Trukikaitis_Postimees, lk 42
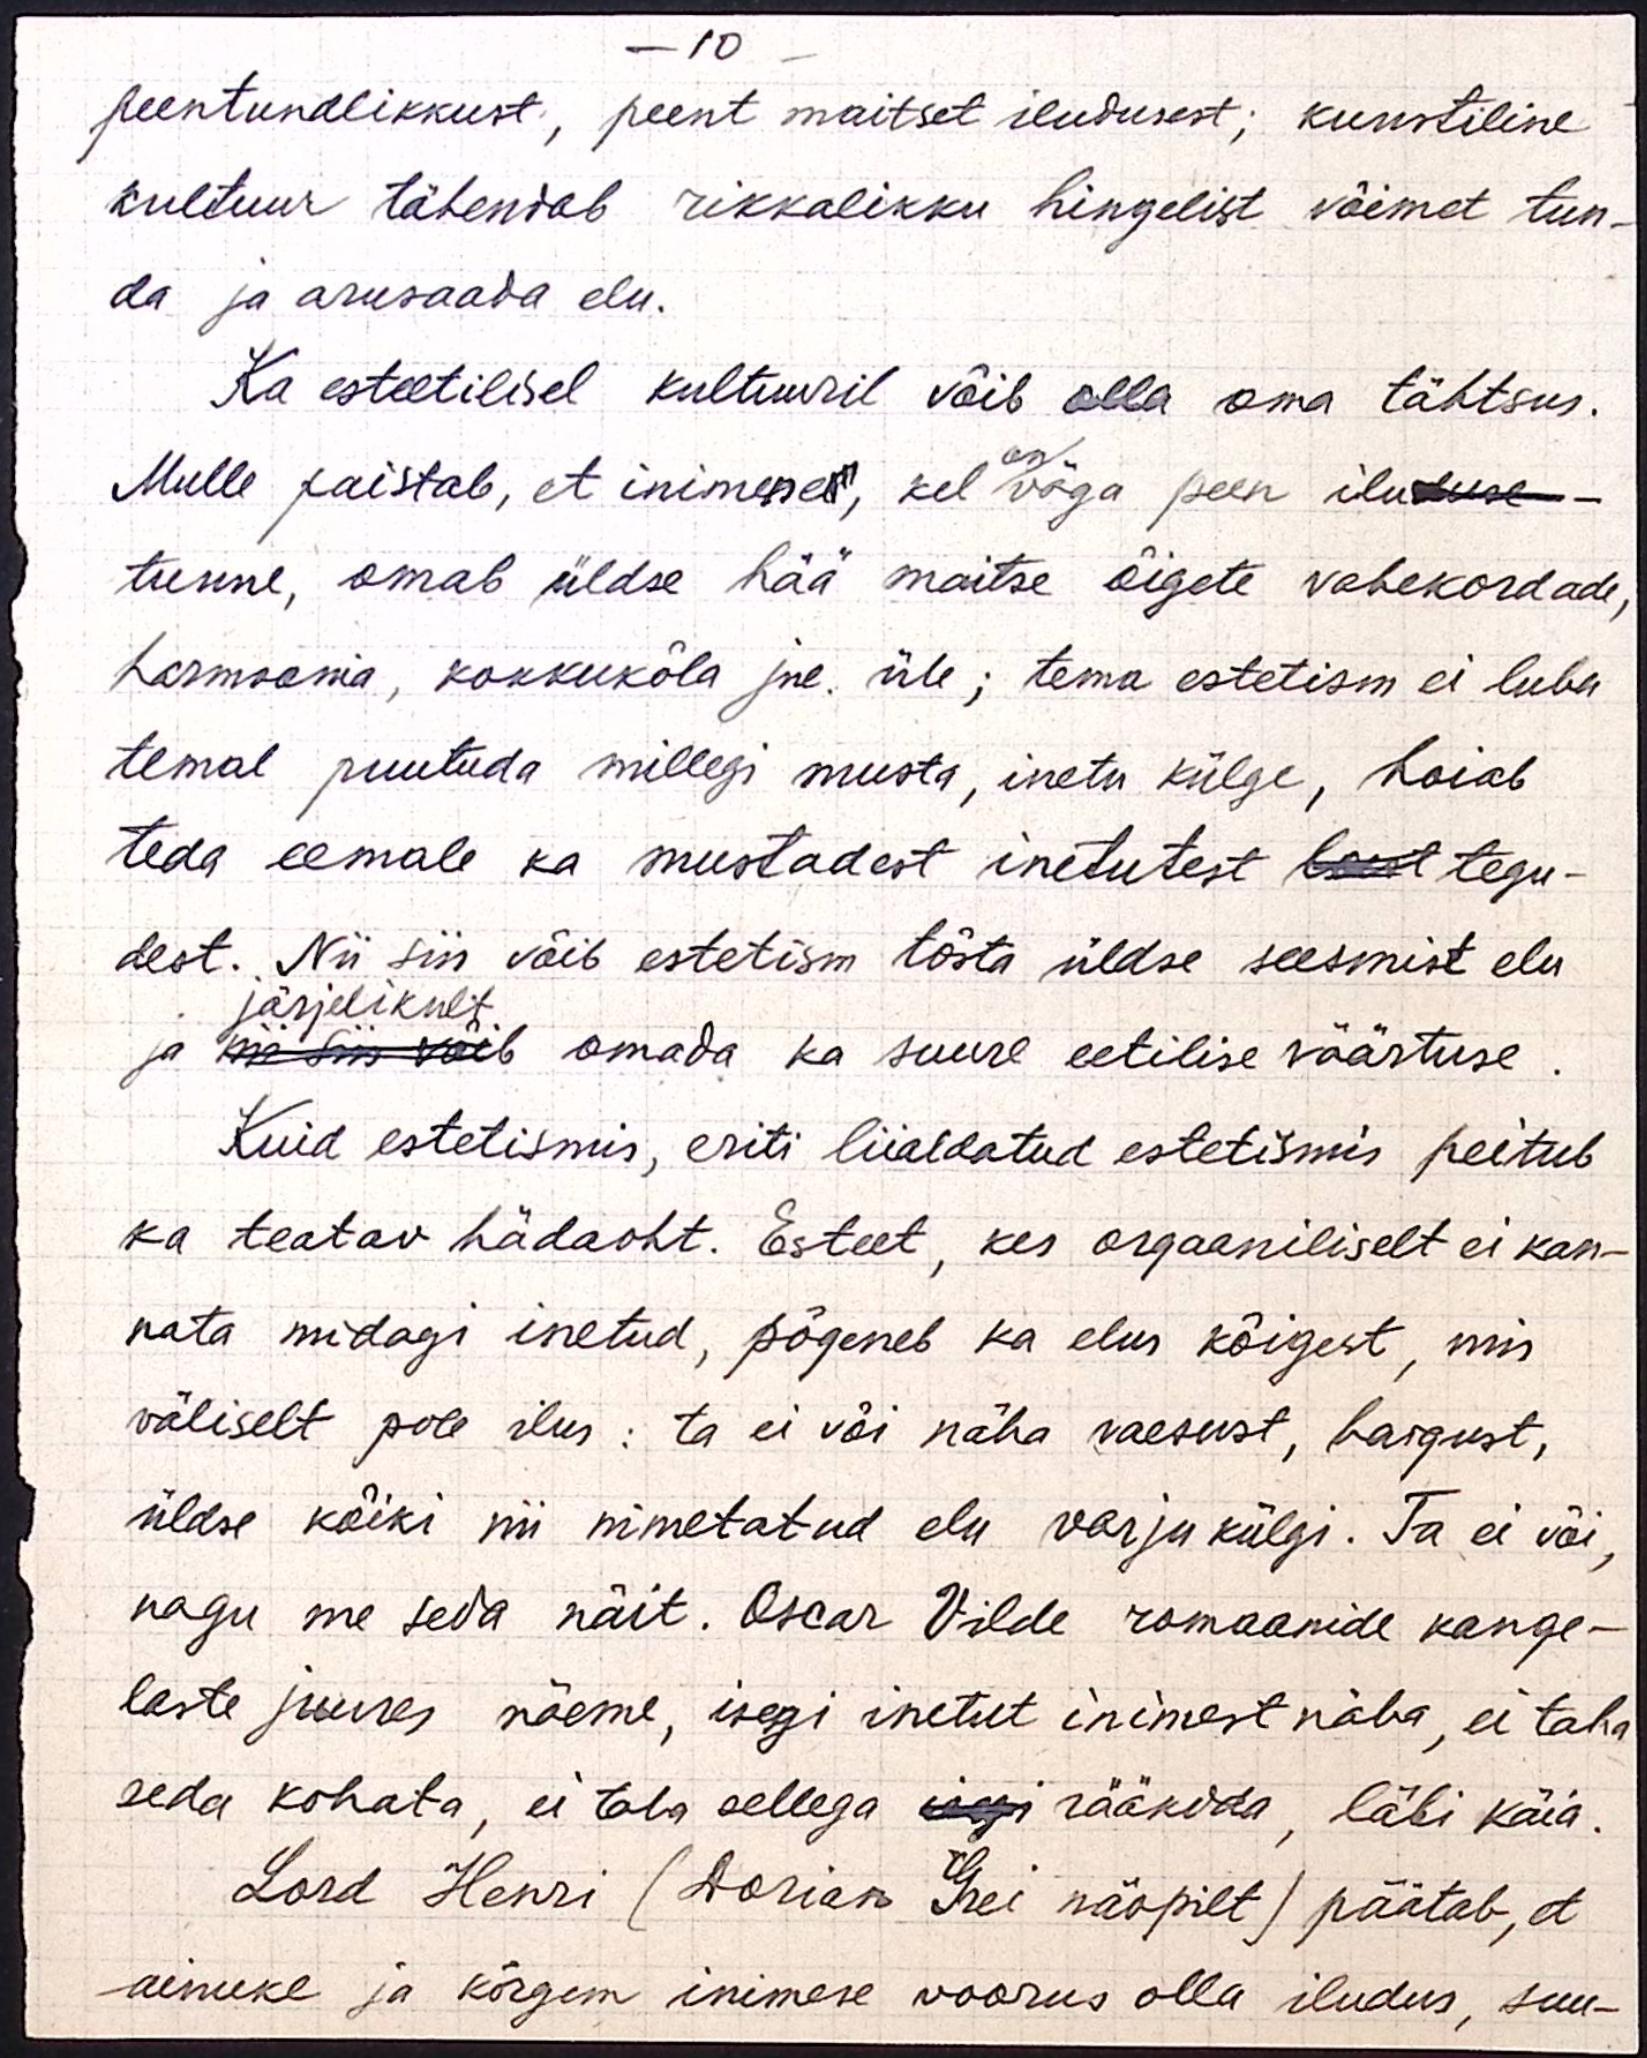
- 10 -
peentundlikkust, peent maitset iludusest; kunstiline
kultuur tähendab rikkalikku hingelist võimet tun-
da ja arusaada elu.
Ka esteetilisel kultuuril võib olla oma tähtsus.
on
Mulle paistab, et inimenel, kel väga peen iluduse-
tunne, omab üldse hää maitse õigete vahekordade,
harmoonia, kokkukõla jne. üle; tema estetism ei luba
temal puutuda millegi musta, inetu külge, hoiab
teda eemale ka mustadest inetutest lend tegu-
dest. Nii siin võib estetism tõsta üldse seesmist elu
järjelikult
ja nii siin võib omada ka suure eetilise väärtuse.
Kuid estetismis, eriti liialdatud estetismis peitub
ka teatav hädaoht. Esteet, kes orgaaniliselt ei kan-
nata midagi inetud, põgeneb ka elus kõigest, mis
väliselt pole ilus: ta ei või näha vaesust, haigust,
üldse kõiki nii nimetatud elu varjukülgi. Ta ei või,
nagu me seda näit. Oscar Vilde romaanide kange-
laste juures näeme, isegi inetut inimest näha, ei taha
seda kohata, ei taha sellega isegi rääkida, läbi käia.
Lord Henri (Dorian Grei näopilt) päätab, et
ainuke ja kõrgem inimese voorus olla iludus, suu-